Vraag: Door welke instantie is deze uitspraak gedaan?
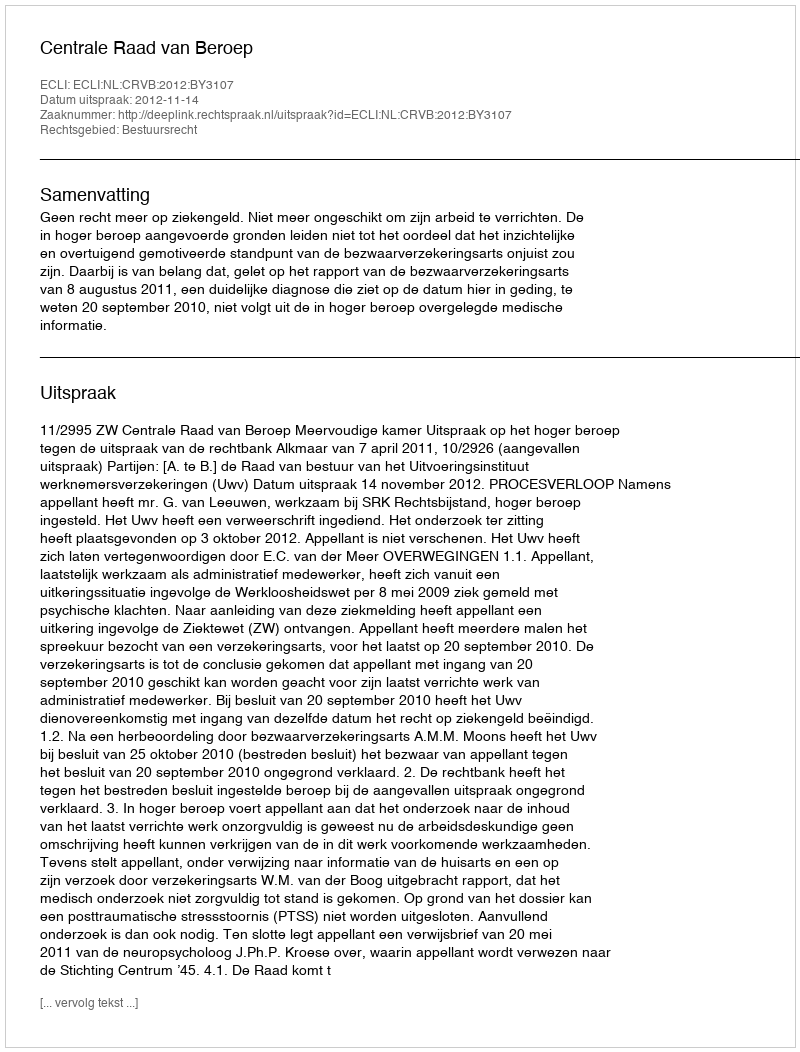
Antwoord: Centrale Raad van Beroep